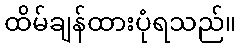
ထိမ်ချန်ထားပုံရသည်။